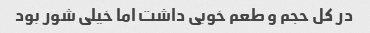
در کل حجم و طعم خوبی داشت اما خیلی شور بود